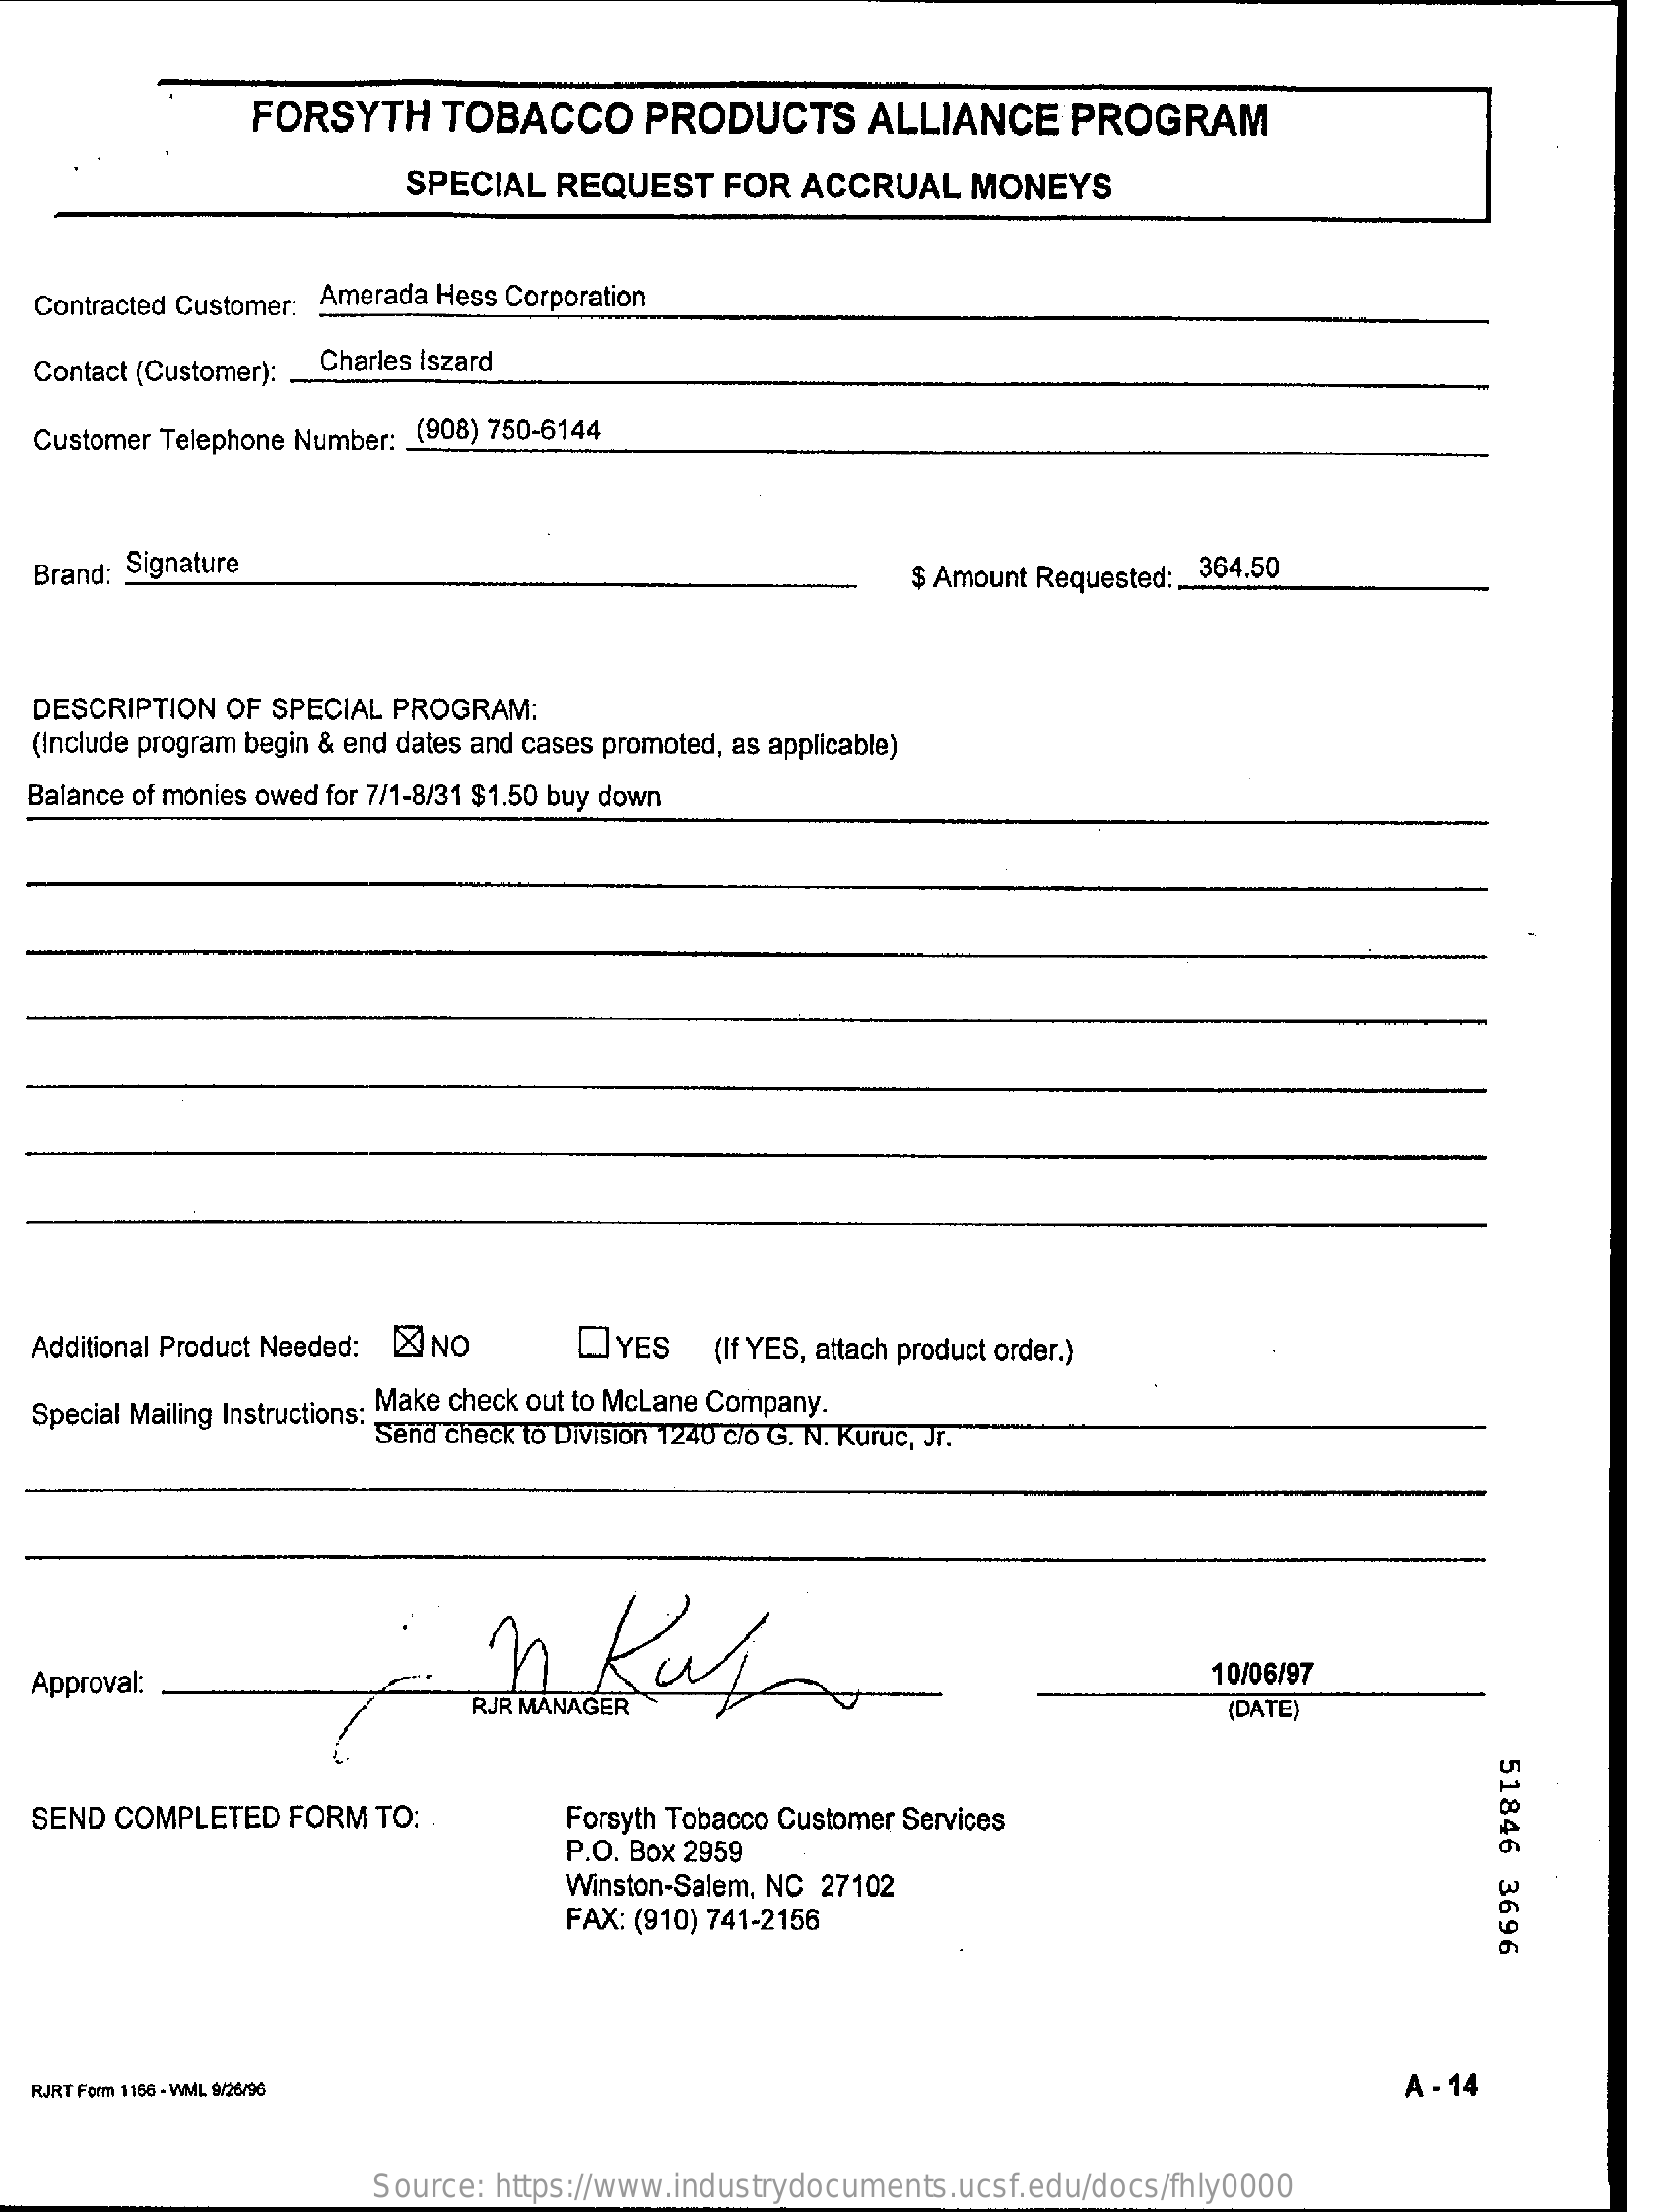
FORSYTH    TOBACCO    PRODUCTS    ALLIANCE    PROGRAM
     SPECIAL   REQUEST   FOR  ACCRUAL    MONEYS
  Contracted Customer: Amerada Hess Corporation
   Contact (Customer): Charles Iszard
  Customer Telephone Number: (908) 750-6144
  Brand: Signature    $ Amount Requested :.. 364.50
   DESCRIPTION OF SPECIAL PROGRAM:
  (Include program begin & end dates and cases promoted, as applicable)
  Balance of monies owed for 7/1-8/31 $1.50 buy down
  Additional Product Needed: X NO    OYES    (If YES, attach product order.)
  Special Mailing Instructions: Make check out to McLane Company.
     Send check to Division 1240 c/o G. N. Kuruc, Jr.
  Approval:    10/06/97
     (DATE)
     51846
     3696
  SEND COMPLETED  FORM  TO:    Forsyth Tobacco Customer Services
     P.O. Box 2959
     Winston-Salem, NC 27102
     FAX: (910) 741-2156
  RJRT Form 1166 - WML 9/26/96    A - 14
     Source: https://www.industrydocuments.ucsf.edu/docs/fhly0000